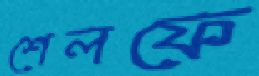
শেলফে